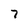
Character: 7